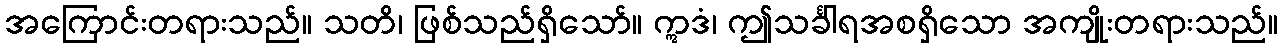
အကြောင်းတရားသည်။ သတိ၊ ဖြစ်သည်ရှိသော်။ ဣဒံ၊ ဤသင်္ခါရအစရှိသော အကျိုးတရားသည်။